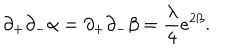
\partial _ { + } \partial _ { - } \alpha = \partial _ { + } \partial _ { - } \beta = \frac { \lambda } { 4 } e ^ { 2 \beta } .